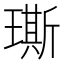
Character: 𤩐